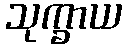
သုက္ခာယ